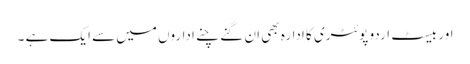
اور بیسٹ اردو پوئٹری کا ادارہ بھی ان گنے چنے اداروں میں سے ایک ہے ۔